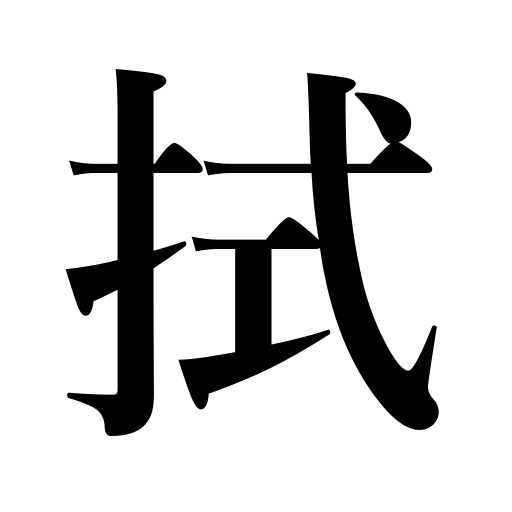
Meanings: swab,mop,wipe